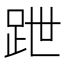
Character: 跇